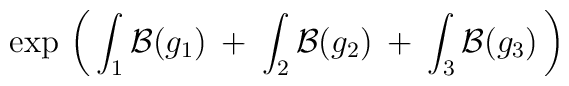
\exp \, \left( \, \int_1 {\cal B}(g_1) \: + \:\int_2 {\cal B}(g_2) \: + \: \int_3 {\cal B}(g_3) \, \right)